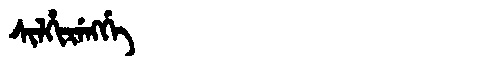
Manchu: ᠰᡳᠯᡥᡳᡵᡝᠩᡤᡝ
Romanization: SILHIRENGGE